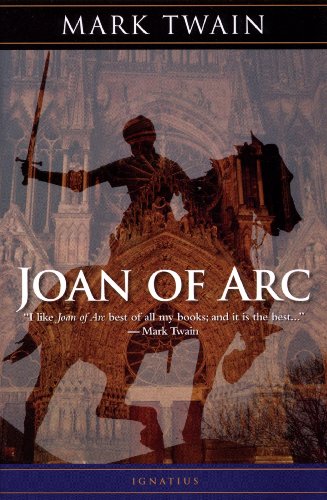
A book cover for Joan of Arc; Mark Twain; Literature & Fiction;